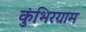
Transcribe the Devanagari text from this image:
कुंभिरग्राम